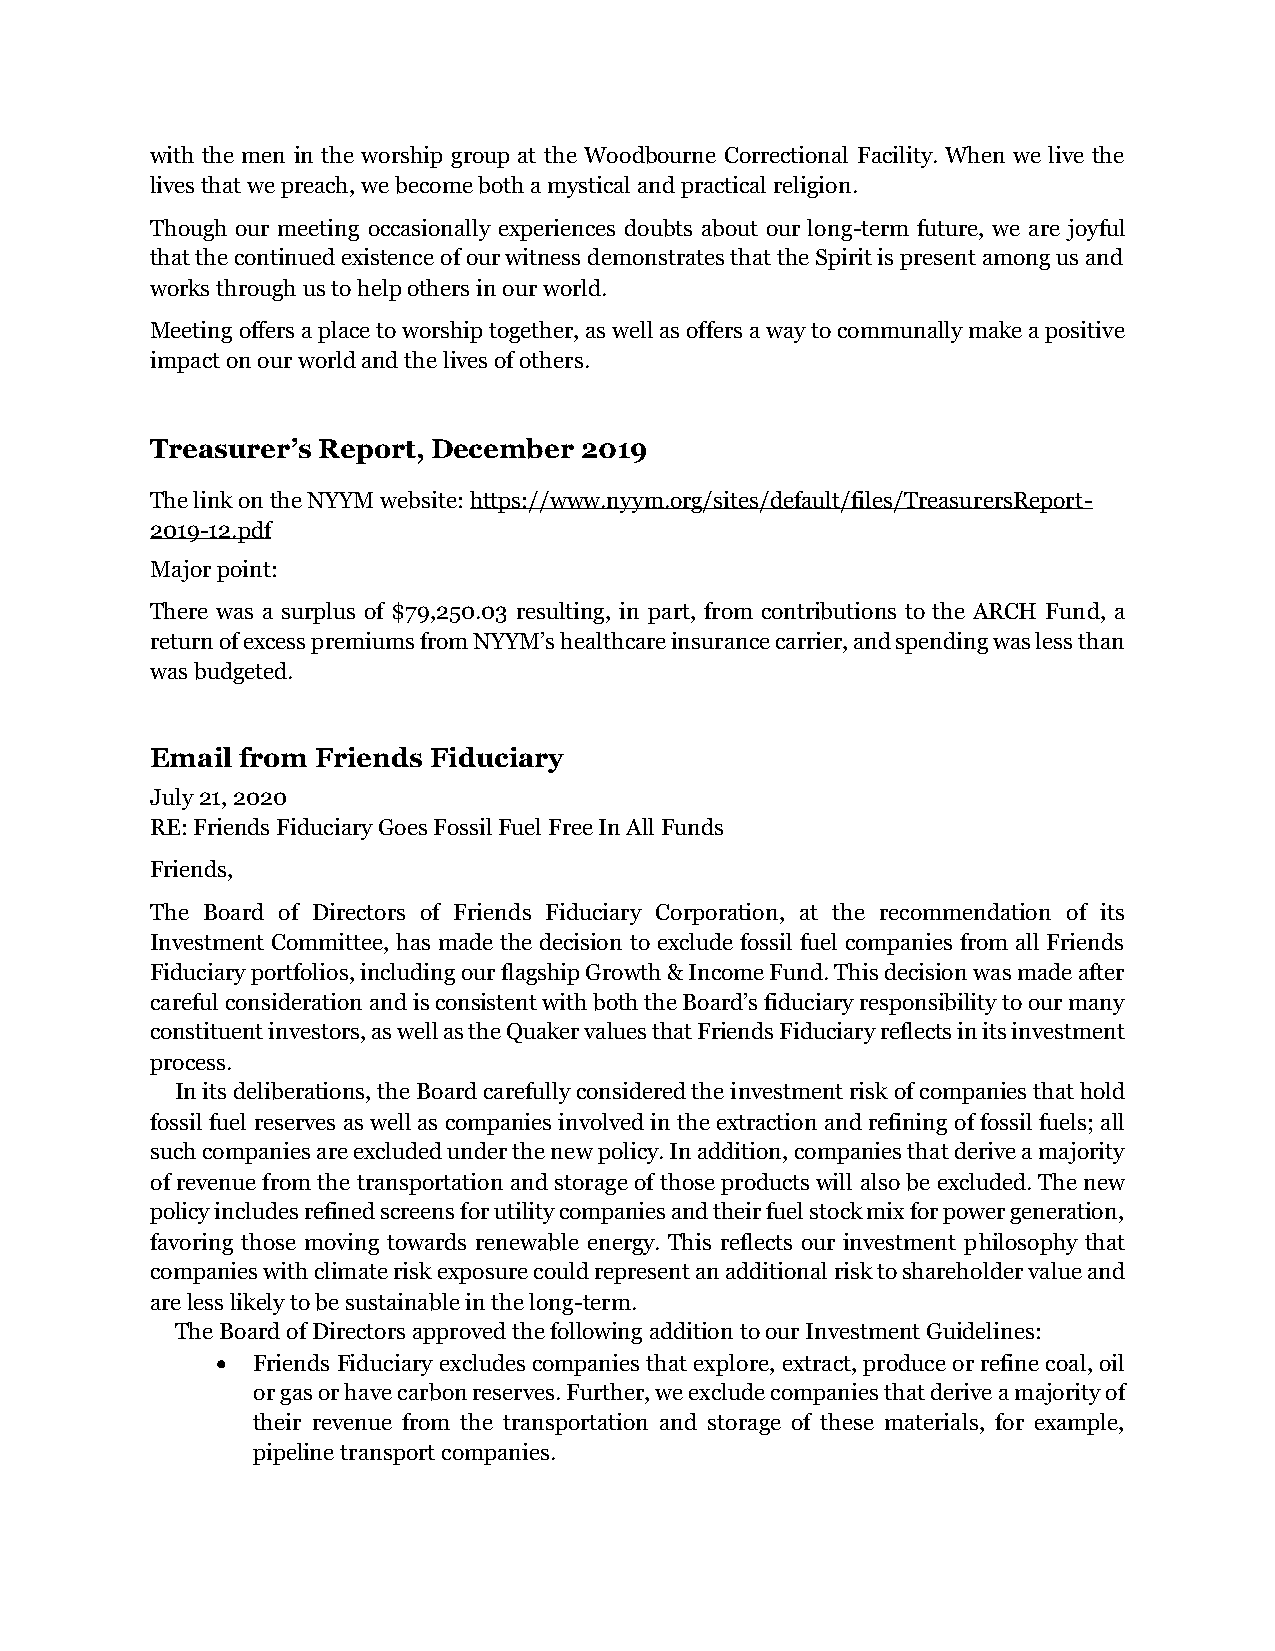
with the men in the worship group at the Woodbourne Correctional Facility. When we live the
 lives that we preach, we become both a mystical and practical religion.
 Though our meeting occasionally experiences doubts about our long-term future, we are joyful
 that the continued existence of our witness demonstrates that the Spirit is present among us and
 works through us to help others in our world.
 Meeting offers a place to worship together, as well as offers a way to communally make a positive
 impact on our world and the lives of others.
 Treasurer’s Report, December 2019
 The link on the NYYM website: https://www.nyym.org/sites/default/files/TreasurersReport-
 2019-12.pdf
 Major point:
 There was a surplus of $79,250.03 resulting, in part, from contributions to the ARCH Fund, a
 return of excess premiums from NYYM’s healthcare insurance carrier, and spending was less than
 was budgeted.
 Email from Friends Fiduciary
 July 21, 2020
 RE: Friends Fiduciary Goes Fossil Fuel Free In All Funds
 Friends,
 The Board of Directors of Friends Fiduciary Corporation, at the recommendation of its
 Investment Committee, has made the decision to exclude fossil fuel companies from all Friends
 Fiduciary portfolios, including our flagship Growth & Income Fund. This decision was made after
 careful consideration and is consistent with both the Board’s fiduciary responsibility to our many
 constituent investors, as well as the Quaker values that Friends Fiduciary reflects in its investment
 process.
 In its deliberations, the Board carefully considered the investment risk of companies that hold
 fossil fuel reserves as well as companies involved in the extraction and refining of fossil fuels; all
 such companies are excluded under the new policy. In addition, companies that derive a majority
 of revenue from the transportation and storage of those products will also be excluded. The new
 policy includes refined screens for utility companies and their fuel stock mix for power generation,
 favoring those moving towards renewable energy. This reflects our investment philosophy that
 companies with climate risk exposure could represent an additional risk to shareholder value and
 are less likely to be sustainable in the long-term.
 The Board of Directors approved the following addition to our Investment Guidelines:
 •  Friends Fiduciary excludes companies that explore, extract, produce or refine coal, oil
 or gas or have carbon reserves. Further, we exclude companies that derive a majority of
 their revenue from the transportation and storage of these materials, for example,
 pipeline transport companies.